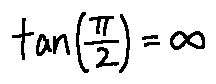
\tan ( \frac { \pi } { 2 } ) = \infty